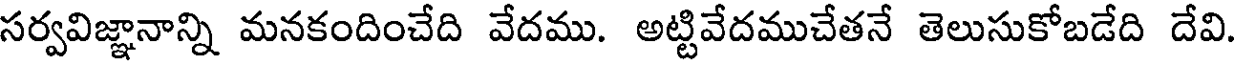
సర్వవిజ్ఞానాన్ని మనకందించేది వేదము. అట్టివేదముచేతనే తెలుసుకోబడేది దేవి.